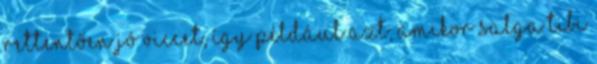
rettentően jó viccet, így például azt, amikor Salga Tibi